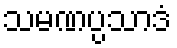
သမဏပ္ပသာဒံ